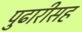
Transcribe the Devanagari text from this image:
पुढारीसह